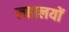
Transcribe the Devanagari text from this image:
महालयों